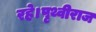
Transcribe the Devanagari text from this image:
रहे।पृथ्वीराज